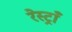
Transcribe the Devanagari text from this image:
रेस्ट्राँ